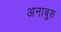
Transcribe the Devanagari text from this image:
अनाबुरु